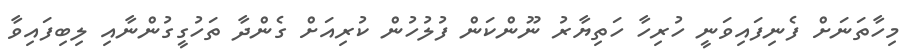
މިހާތަނަށް ފެނިފައިވަނީ ހުރިހާ ހަތިޔާރު ނޫންކަން ފުލުހުން ކުރިއަށް ގެންދާ ތަހުގީގުންނާއި ލިބިފައިވާ